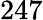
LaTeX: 247